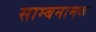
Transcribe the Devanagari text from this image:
साम्बनामक